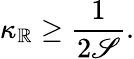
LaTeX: \kappa_{\mathbb{R}}\geq\frac{{1}}{{2\mathscr{{S}}}}.